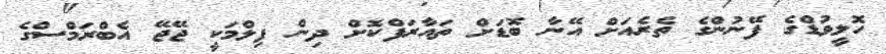
ހޮލީވުޑްގެ ފޭނުންގެ ތެރެއަށް އޭނާ ބޮޑަށް ތައާރަފްކޮށް ދިން ފިލްމަކީ ޖޭޖޭ އެބްރަމްސްގެ